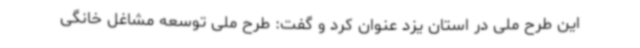
این طرح ملی در استان یزد عنوان کرد و گفت: طرح ملی توسعه مشاغل خانگی